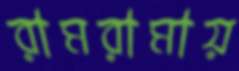
রামরামায়